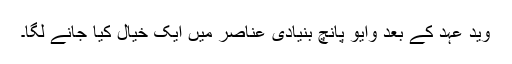
وید عہد کے بعد وایو پانچ بنیادی عناصر میں ایک خیال کیا جانے لگا۔